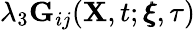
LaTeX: \lambda_{3}\mathbf{G}_{ij}(\mathbf{X},t;\pmb{\xi},\tau)